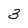
Character: 3